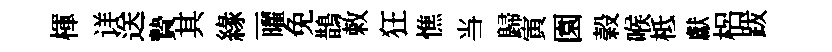
楎详送贄其緣一曜免鵲敕狂憔当歸寅園榖喉柢獻梠跋